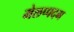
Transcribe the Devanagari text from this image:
मेलप्पदम